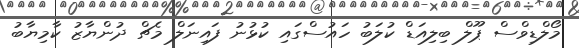
މޯލްޑިވްސް ޕޫލް ބިލިއަޑް ކުލަބު ހައުސްގައި ކުޅުނު ފައިނަލް މެޗް ދުންޔާޒު ކާމިޔާބު